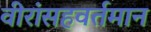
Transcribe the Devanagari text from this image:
वीरांसहवर्तमान